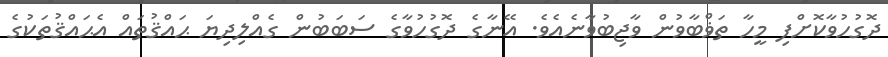
ދޮގުހުވާކޮށްފި މީހާ ތަޥްބާވުން ވާޖިބުވާނެއެވެ. އޭނާގެ ދޮގުހުވާގެ ސަބަބުން ގެއްލިދިޔަ ޙައްޤުތައް އެޙައްޤުތަކުގެ